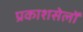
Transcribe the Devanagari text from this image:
प्रकाशसेलों